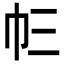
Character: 𢁚